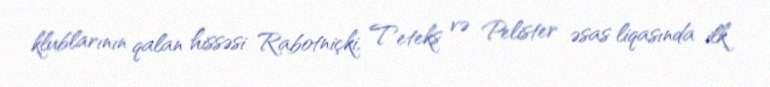
klublarının qalan hissəsi Rabotniçki, Teteks və Pelister əsas liqasında ilk